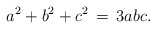
\begin{align*}a^2 + b^2 + c^2 \,=\, 3abc.\end{align*}